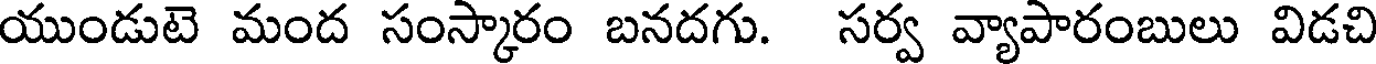
యుండుటె మంద సంస్కారం బనదగు. సర్వ వ్యాపారంబులు విడచి